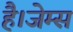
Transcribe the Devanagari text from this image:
है।जेम्स